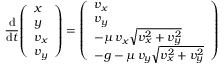
{ \frac { \mathrm { d } } { \mathrm { d } t } } { \left( \begin{array} { l } { x } \\ { y } \\ { v _ { x } } \\ { v _ { y } } \end{array} \right) } = { \left( \begin{array} { l } { v _ { x } } \\ { v _ { y } } \\ { - \mu \, v _ { x } { \sqrt { v _ { x } ^ { 2 } + v _ { y } ^ { 2 } } } } \\ { - g - \mu \, v _ { y } { \sqrt { v _ { x } ^ { 2 } + v _ { y } ^ { 2 } } } } \end{array} \right) }